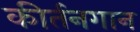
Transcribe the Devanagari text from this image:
कीर्तनगान